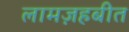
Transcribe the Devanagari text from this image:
लामज़हबीत